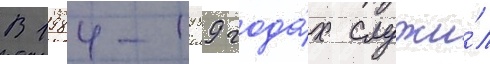
В 1984-1989 года́х служи́л